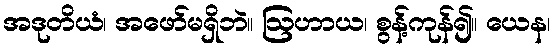
အဒုတိယံ၊ အဖော်မရှိဘဲ။ ဩဟာယ၊ စွန့်ကုန်၍။ ယေန၊